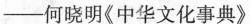
——何晓明《中华文化事典》